Leaving Certificate Examination (including Day School Certificate (Higher) General paper), 1934
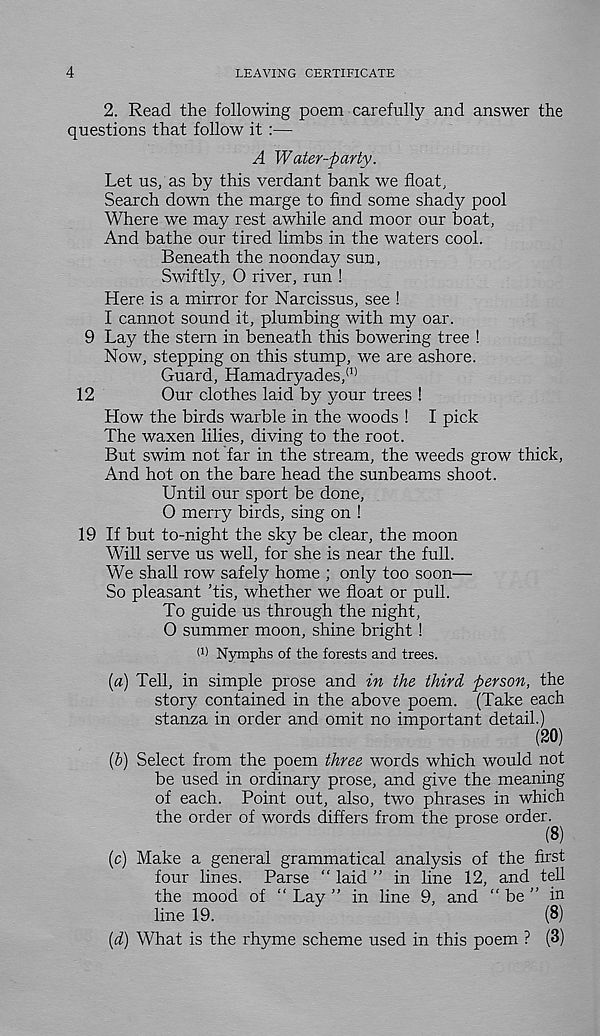
4
LEAVING CERTIFICATE
2. Read the following poem carefully and answer the
questions that follow it :—
A Water-party.
Let us, as by this verdant bank we float,
Search down the marge to find some shady pool
Where we may rest awhile and moor our boat,
And bathe our tired limbs in the waters cool.
Beneath the noonday sun,
Swiftly, O river, run !
Here is a mirror for Narcissus, see !
I cannot sound it, plumbing with my oar.
9 Lay the stern in beneath this bowering tree !
Now, stepping on this stump, we are ashore.
Guard, Hamadryades, (1)
12
Our clothes laid by your trees !
LIow the birds warble in the woods ! I pick
The waxen lilies, diving to the root.
But swim not far in the stream, the weeds grow thick,
And hot on the bare head the sunbeams shoot.
Until our sport be done,
O merry birds, sing on !
19 If but to-night the sky be clear, the moon
Will serve us well, for she is near the full.
We shall row safely home ; only too soon—
So pleasant ’tis, whether we float or pull.
To guide us through the night,
O summer moon, shine bright !
(’) Nymphs of the forests and trees.
[a) Tell, in simple prose and in the third person, the
story contained in the above poem. (Take each
stanza in order and omit no important detail.)
(20)
(&) Select from the poem three words which would not
be used in ordinary prose, and give the meaning
of each. Point out, also, two phrases in which
the order of words differs from the prose order.
(8)
(c) Make a general grammatical analysis of the first
four lines. Parse “ laid ” in line 12, and tell
the mood of “ Lay ” in line 9, and “ be ” in
line 19.
(8)
[d] What is the rhyme scheme used in this poem ? (3)